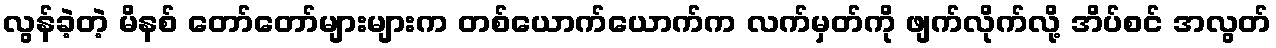
လွန်ခဲ့တဲ့ မိနစ် တော်တော်များများက တစ်ယောက်ယောက်က လက်မှတ်ကို ဖျက်လိုက်လို့ အိပ်စင် အလွတ်